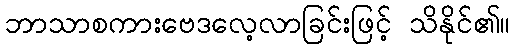
ဘာသာစကားဗေဒလေ့လာခြင်းဖြင့် သိနိုင်၏။